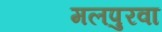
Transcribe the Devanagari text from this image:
मलपुरवा